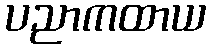
ပညာကထာယ